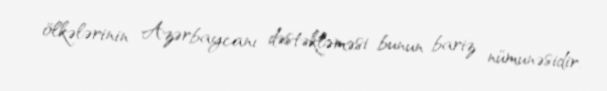
ölkələrinin Azərbaycanı dəstəkləməsi bunun bariz nümunəsidir.